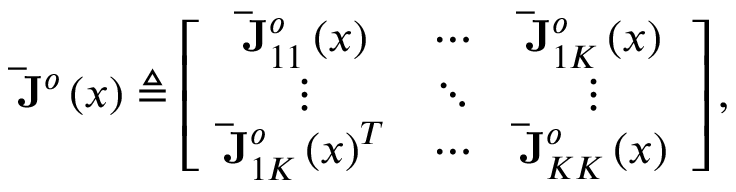
\mathbf { \bar { J } } ^ { o } \left( \boldsymbol { x } \right) \triangleq \left[ \begin{array} { c c c } { \mathbf { \bar { J } } _ { 1 1 } ^ { o } \left( \boldsymbol { x } \right) } & { \cdots } & { \mathbf { \bar { J } } _ { 1 K } ^ { o } \left( \boldsymbol { x } \right) } \\ { \vdots } & { \ddots } & { \vdots } \\ { \mathbf { \bar { J } } _ { 1 K } ^ { o } \left( \boldsymbol { x } \right) ^ { T } } & { \cdots } & { \mathbf { \bar { J } } _ { K K } ^ { o } \left( \boldsymbol { x } \right) } \end{array} \right] \mathrm { , }